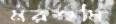
মরশুমি